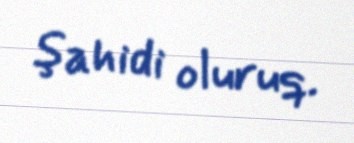
şahidi oluruq.